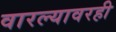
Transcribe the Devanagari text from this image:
वारल्यावरही